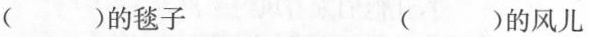
( )的毯子 ( )的风儿